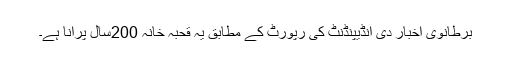
برطانوی اخبار دی انڈیپنڈنٹ کی رپورٹ کے مطابق یہ قحبہ خانہ 200سال پرانا ہے۔